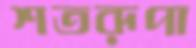
শতরূপা